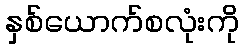
နှစ်ယောက်စလုံးကို